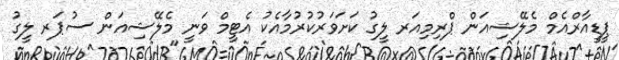
ޕީޑީއާރްއެމް މެލޭޝިއަން ޕްރިމިއަރ ލީގު ކަށަވަރުކުރުމާއެކު އެޓީމް ވަނީ މެލޭޝިއަން ސުޕަރ ލީގު